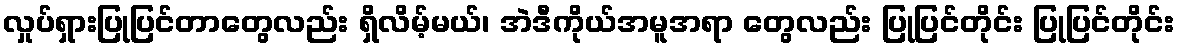
လှုပ်ရှားပြုပြင်တာတွေလည်း ရှိလိမ့်မယ်၊ အဲဒီကိုယ်အမူအရာ တွေလည်း ပြုပြင်တိုင်း ပြုပြင်တိုင်း